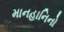
માનહાનિનો